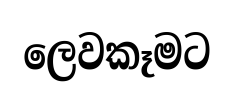
ලෙවකෑමට